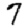
Digit: 7